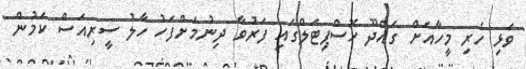
ވަޅި ހެރި މީހާއަށް ގައްދޫ ހޮސްޕިޓަލްގައި ފަރުވާ ދިނުމަށްފަހު ހާލު ސީރިއަސް ކަމުން